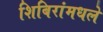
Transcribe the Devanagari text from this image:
शिबिरांमधले